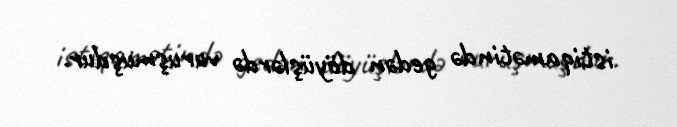
istiqamətində gedən döyüşlərdə vuruşmuşdur.